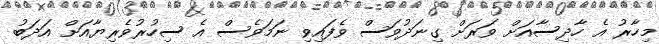
މިހާރު އެ ހާދިސާއަށް ވަރަށް ގިނަދުވަސް ވެފައިވި ނަމަވެސް އެ ސިހުރުވެރިޔާއަށް އަދަބު